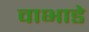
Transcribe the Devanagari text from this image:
वाभाडे